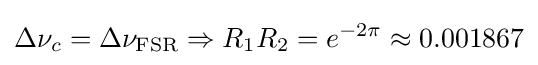
\Delta \nu _{c}=\Delta \nu _{\rm {FSR}}\Rightarrow R_{1}R_{2}=e^{-2\pi }\approx 0.001867